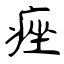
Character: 痤